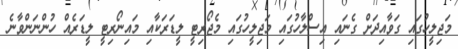
މަޖިލީހުގައި ގަވާއިދަށް ގެނައި އިސްލާހުގައި މަޖިލީހުގައި މެޖޯރިޓީ ލީޑަރަކާއި މައިނޯރިޓީ ލީޑަރެއް ހުންނަންވާނެ